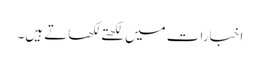
اخبارات میں لکھتے لکھاتے ہیں۔